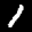
Label: 1